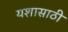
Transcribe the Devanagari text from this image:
यशासाठी